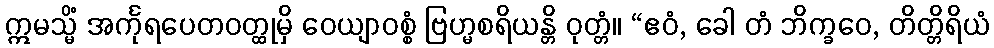
ဣမသ္မိံ အင်္ကုရပေတဝတ္ထုမှိ ဝေယျာဝစ္စံ ဗြဟ္မစရိယန္တိ ဝုတ္တံ။ “ဧဝံ, ခေါ တံ ဘိက္ခဝေ, တိတ္တိရိယံ